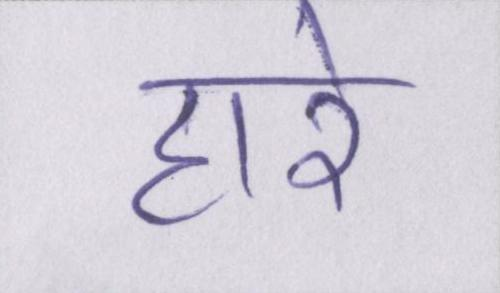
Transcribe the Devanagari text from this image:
हारे